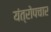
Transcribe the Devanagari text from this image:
यंत्रोपचार